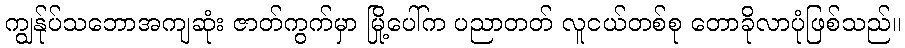
ကျွန်ုပ်သဘောအကျဆုံး ဇာတ်ကွက်မှာ မြို့ပေါ်က ပညာတတ် လူငယ်တစ်စု တောခိုလာပုံဖြစ်သည်။